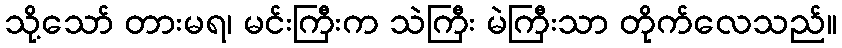
သို့သော် တားမရ၊ မင်းကြီးက သဲကြီး မဲကြီးသာ တိုက်လေသည်။